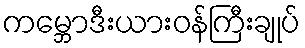
ကမ္ဘောဒီးယားဝန်ကြီးချုပ်